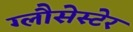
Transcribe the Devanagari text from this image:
ग्लौसेस्टेर